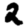
Digit: 2